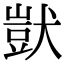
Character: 獃